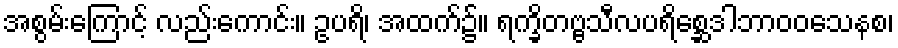
အစွမ်းကြောင့် လည်းကောင်း။ ဥပရိ၊ အထက်၌။ ရက္ခိတဗ္ဗသီလပရိစ္ဆေဒါဘာဝဝသေနစ၊